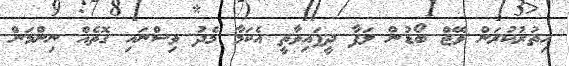
އިތުރުކުރަން ވޭޖް ބޯޑުން ލަފާ ދީފައިވާތީ އެކަމާ މެދު ވިސްނައި ގޮތެއް ނިންމަން